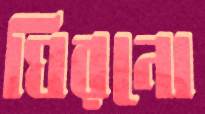
ঘিরনো